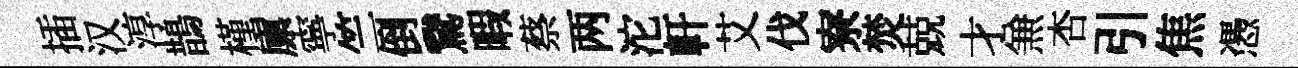
插汉淳鵲槿廪寧竺倒鵞暇蔡两沱軒艾伐寮焚兢才𠔥杏引焦慿